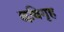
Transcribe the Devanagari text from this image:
छविगृह